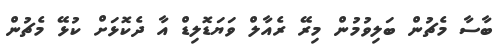
ބާސާ މެޗުން ބަލިވުމުން މިރޭ ރެއާލް ވަޔަޑޮލިޑް އާ ދެކޮޅަށް ކުޅޭ މެޗުން